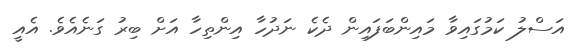
އަސްލު ކަމުގައިވާ މައިންބަފައިން ދެކެ ނަދުހާ އިންތިހާ އަށް ބިރު ގަނެއެވެ. އެއީ